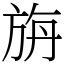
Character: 旃